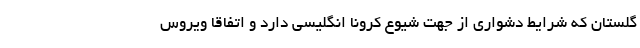
گلستان که شرایط دشواری از جهت شیوع کرونا انگلیسی دارد و اتفاقا ویروس